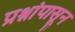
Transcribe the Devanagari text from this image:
प्रश्नांपासून